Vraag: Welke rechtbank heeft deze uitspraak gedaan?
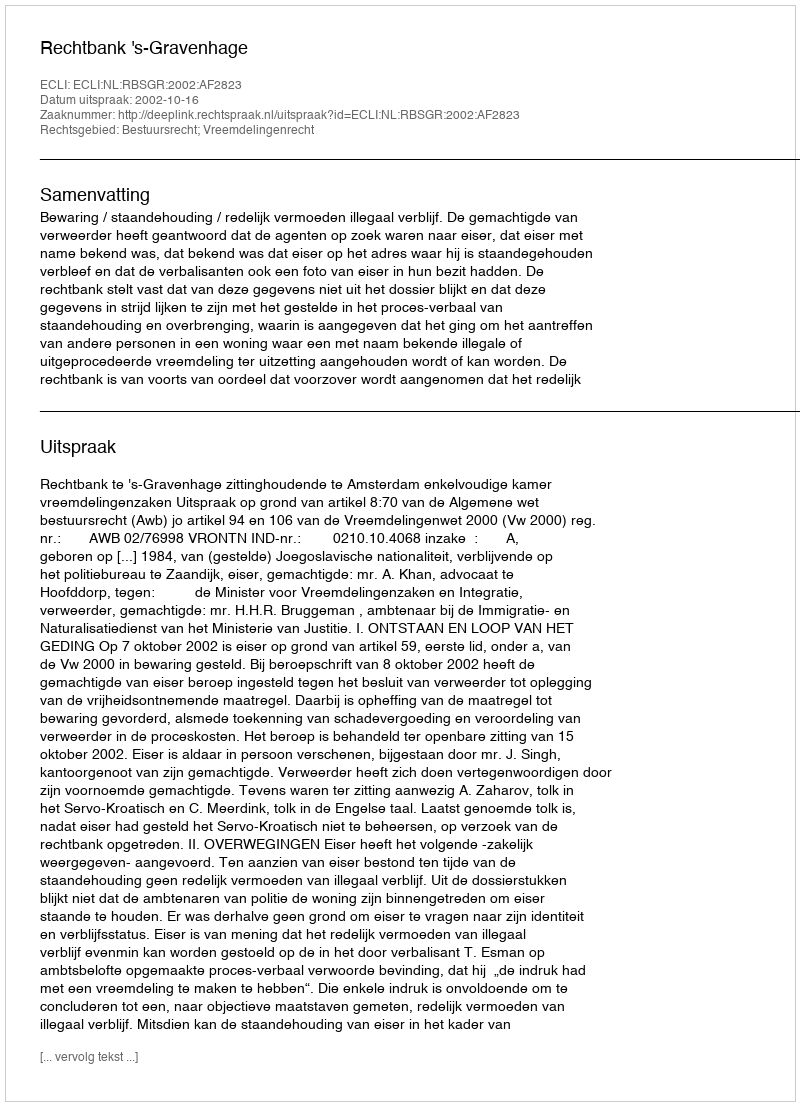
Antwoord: Rechtbank 's-Gravenhage